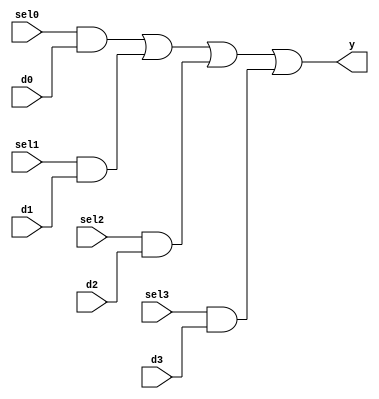
module mvp_mux1hot_4(
	y,
	sel0,
	d0,
	sel1,
	d1,
	sel2,
	d2,
	sel3,
	d3
);
// synopsys template
parameter WIDTH = 1;

output [WIDTH-1:0]	y;

input			sel0;
input			sel1;
input			sel2;
input			sel3;
input  [WIDTH-1:0]	d0;
input  [WIDTH-1:0]	d1;
input  [WIDTH-1:0]	d2;
input  [WIDTH-1:0]	d3;


 assign y = 
	{WIDTH{sel0}} & d0 |
	{WIDTH{sel1}} & d1 |
	{WIDTH{sel2}} & d2 |
	{WIDTH{sel3}} & d3 ;


endmodule